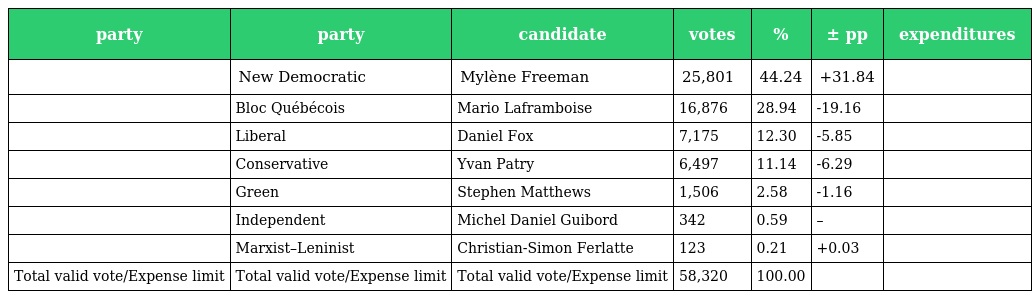
| party | party | candidate | votes | % | ± pp | expenditures |
 | --- | --- | --- | --- | --- | --- | --- |
 |  | New Democratic | Mylène Freeman | 25,801 | 44.24 | +31.84 |  |
 |  | Bloc Québécois | Mario Laframboise | 16,876 | 28.94 | -19.16 |  |
 |  | Liberal | Daniel Fox | 7,175 | 12.30 | -5.85 |  |
 |  | Conservative | Yvan Patry | 6,497 | 11.14 | -6.29 |  |
 |  | Green | Stephen Matthews | 1,506 | 2.58 | -1.16 |  |
 |  | Independent | Michel Daniel Guibord | 342 | 0.59 | – |  |
 |  | Marxist–Leninist | Christian-Simon Ferlatte | 123 | 0.21 | +0.03 |  |
 | Total valid vote/Expense limit | Total valid vote/Expense limit | Total valid vote/Expense limit | 58,320 | 100.00 |  |  |